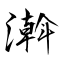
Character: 濣